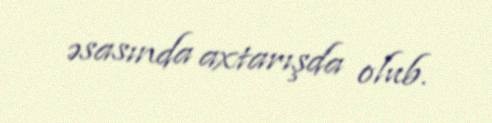
əsasında axtarışda olub.